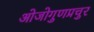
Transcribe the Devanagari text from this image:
ओजोगुणप्रचुर